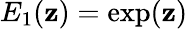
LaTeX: E_{1}(\mathbf{z})=\exp(\mathbf{z})